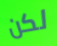
لكن